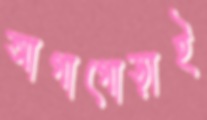
আগাগোড়াই